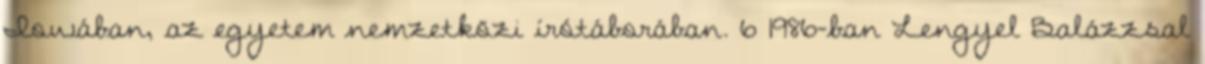
Iowában, az egyetem nemzetközi írótáborában. 6 1986-ban Lengyel Balázzsal